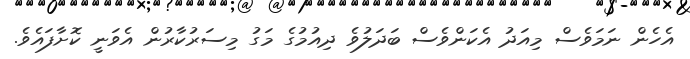
އެހެން ނަމަވެސް މިއަދު އެކަންވެސް ބަދަލުވެ ދިއުމުގެ މަގު މިސަރުކާރުން އެވަނީ ކޮށާފައެވެ.